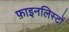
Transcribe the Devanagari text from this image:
फ़ाइनलिस्टों